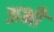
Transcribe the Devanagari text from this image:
अभीे